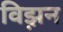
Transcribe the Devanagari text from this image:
विझ़न